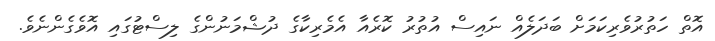
އޮތް ހަތުރުވެރިކަމަށް ބަދަލެއް ނައިސް އުތުރު ކޮރެއާ އެމެރިކާގެ ދުޝްމަނުންގެ ލިސްޓުގައި އޮވެގެންނެވެ.